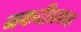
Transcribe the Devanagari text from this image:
नकदीप्रवाह